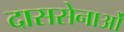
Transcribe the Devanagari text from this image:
दाससेनाओं